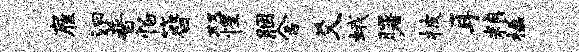
雇汩普怕簪双惺胭舍爻蛾曙披耳粮楹